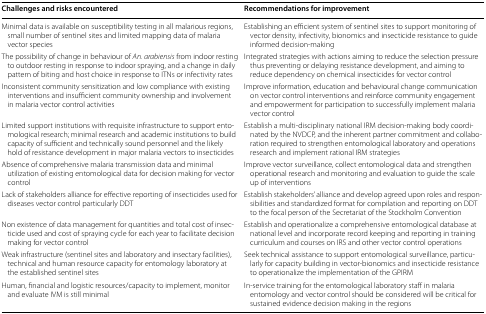
<table><thead><tr><td><b>Challenges and risks encountered</b></td><td><b>Recommendations for improvement</b></td></tr></thead><tbody><tr><td>Minimal data is available on susceptibility testing in all malarious regions, small number of sentinel sites and limited mapping data of malaria vector species</td><td>Establishing an efficient system of sentinel sites to support monitoring of vector density, infectivity, bionomics and insecticide resistance to guide informed decision-making</td></tr><tr><td>The possibility of change in behaviour of <i>An. arabiensis</i> from indoor resting to outdoor resting in response to indoor spraying, and a change in daily pattern of biting and host choice in response to ITNs or infectivity rates</td><td>Integrated strategies with actions aiming to reduce the selection pressure thus preventing or delaying resistance development, and aiming to reduce dependency on chemical insecticides for vector control</td></tr><tr><td>Inconsistent community sensitization and low compliance with existing interventions and insufficient community ownership and involvement in malaria vector control activities</td><td>Improve information, education and behavioural change communication on vector control interventions and reinforce community engagement and empowerment for participation to successfully implement malaria vector control</td></tr><tr><td>Limited support institutions with requisite infrastructure to support entomological research; minimal research and academic institutions to build capacity of sufficient and technically sound personnel and the likely hold of resistance development in major malaria vectors to insecticides</td><td>Establish a multi-disciplinary national IRM decision-making body coordinated by the NVDCP, and the inherent partner commitment and collaboration required to strengthen entomological laboratory and operations research and implement rational IRM strategies</td></tr><tr><td>Absence of comprehensive malaria transmission data and minimal utilization of existing entomological data for decision making for vector control</td><td>Improve vector surveillance, collect entomological data and strengthen operational research and monitoring and evaluation to guide the scale up of interventions</td></tr><tr><td>Lack of stakeholders alliance for effective reporting of insecticides used for diseases vector control particularly DDT</td><td>Establish stakeholders’ alliance and develop agreed upon roles and responsibilities and standardized format for compilation and reporting on DDT to the focal person of the Secretariat of the Stockholm Convention</td></tr><tr><td>Non existence of data management for quantities and total cost of insecticide used and cost of spraying cycle for each year to facilitate decision making for vector control</td><td>Establish and operationalize a comprehensive entomological database at national level and incorporate record keeping and reporting in training curriculum and courses on IRS and other vector control operations</td></tr><tr><td>Weak infrastructure (sentinel sites and laboratory and insectary facilities), technical and human resource capacity for entomology laboratory at the established sentinel sites</td><td>Seek technical assistance to support entomological surveillance, particularly for capacity building in vector-bionomics and insecticide resistance to operationalize the implementation of the GPIRM</td></tr><tr><td>Human, financial and logistic resources/capacity to implement, monitor and evaluate IVM is still minimal</td><td>In-service training for the entomological laboratory staff in malaria entomology and vector control should be considered will be critical for sustained evidence decision making in the regions</td></tr></tbody></table>